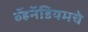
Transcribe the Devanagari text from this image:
व्हॅनॅडियमचे